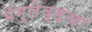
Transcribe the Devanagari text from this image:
मॅग्लेव्हचा